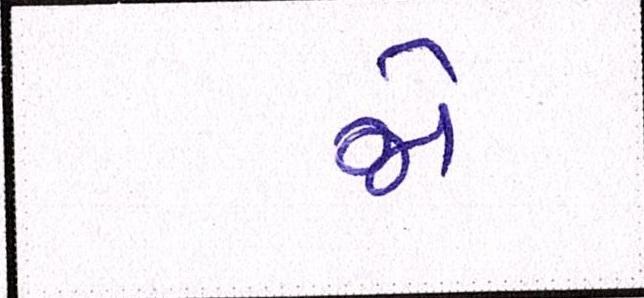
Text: જો